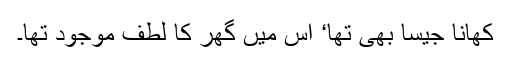
کھانا جیسا بھی تھا‘ اس میں گھر کا لطف موجود تھا۔